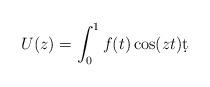
LaTeX: \begin{align*}U(z)=\int_0^1f(t)\cos(zt)\d t\end{align*}